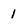
Character: 1